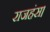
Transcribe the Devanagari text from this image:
राजहंस।